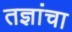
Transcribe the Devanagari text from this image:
तज्ञांचा